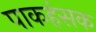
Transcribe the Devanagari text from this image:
पाकहंसक